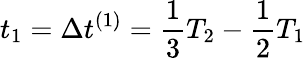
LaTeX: t_{1}=\Delta t^{(1)}=\frac{1}{3}T_{2}-\frac{1}{2}T_{1}